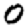
Digit: 0